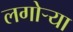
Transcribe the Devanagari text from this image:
लगोर्‍या